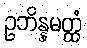
ဥဘိန္နမတ္ထံ